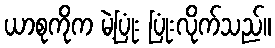
ယာစုကိုက မဲ့ပြုံး ပြုံးလိုက်သည်။